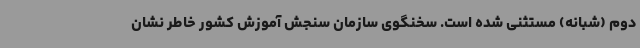
دوم (شبانه) مستثنی شده است. سخنگوی سازمان سنجش آموزش کشور خاطر نشان